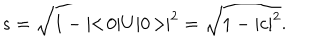
LaTeX: s = \sqrt { 1 - | \! \! < \! 0 | U | 0 \! > \! \! | ^ { 2 } } = \sqrt { 1 - | c | ^ { 2 } } .